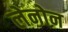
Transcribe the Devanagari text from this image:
लेनोन